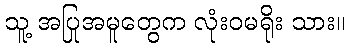
သူ့ အပြုအမူတွေက လုံးဝမရိုး သား။